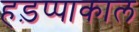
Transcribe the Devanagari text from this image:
हड़प्पाकाल